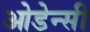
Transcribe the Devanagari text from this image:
ओडेन्सी